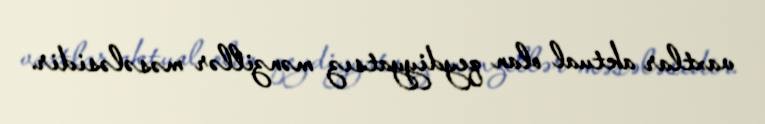
vaxtlar aktual olan qeydiyyatsız mənzillər məsələsidir.